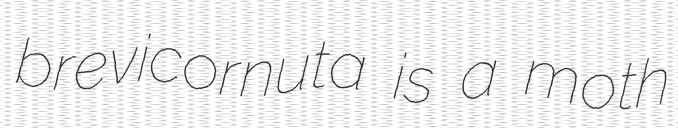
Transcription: brevicornuta is a moth